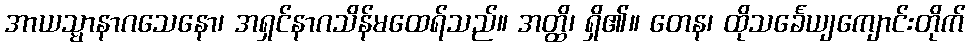
အာယသ္မာနာဂသေနော၊ အရှင်နာဂသိန်မထေရ်သည်။ အတ္ထိ၊ ရှိ၏။ တေန၊ ထိုသင်္ခေယျကျောင်းတိုက်